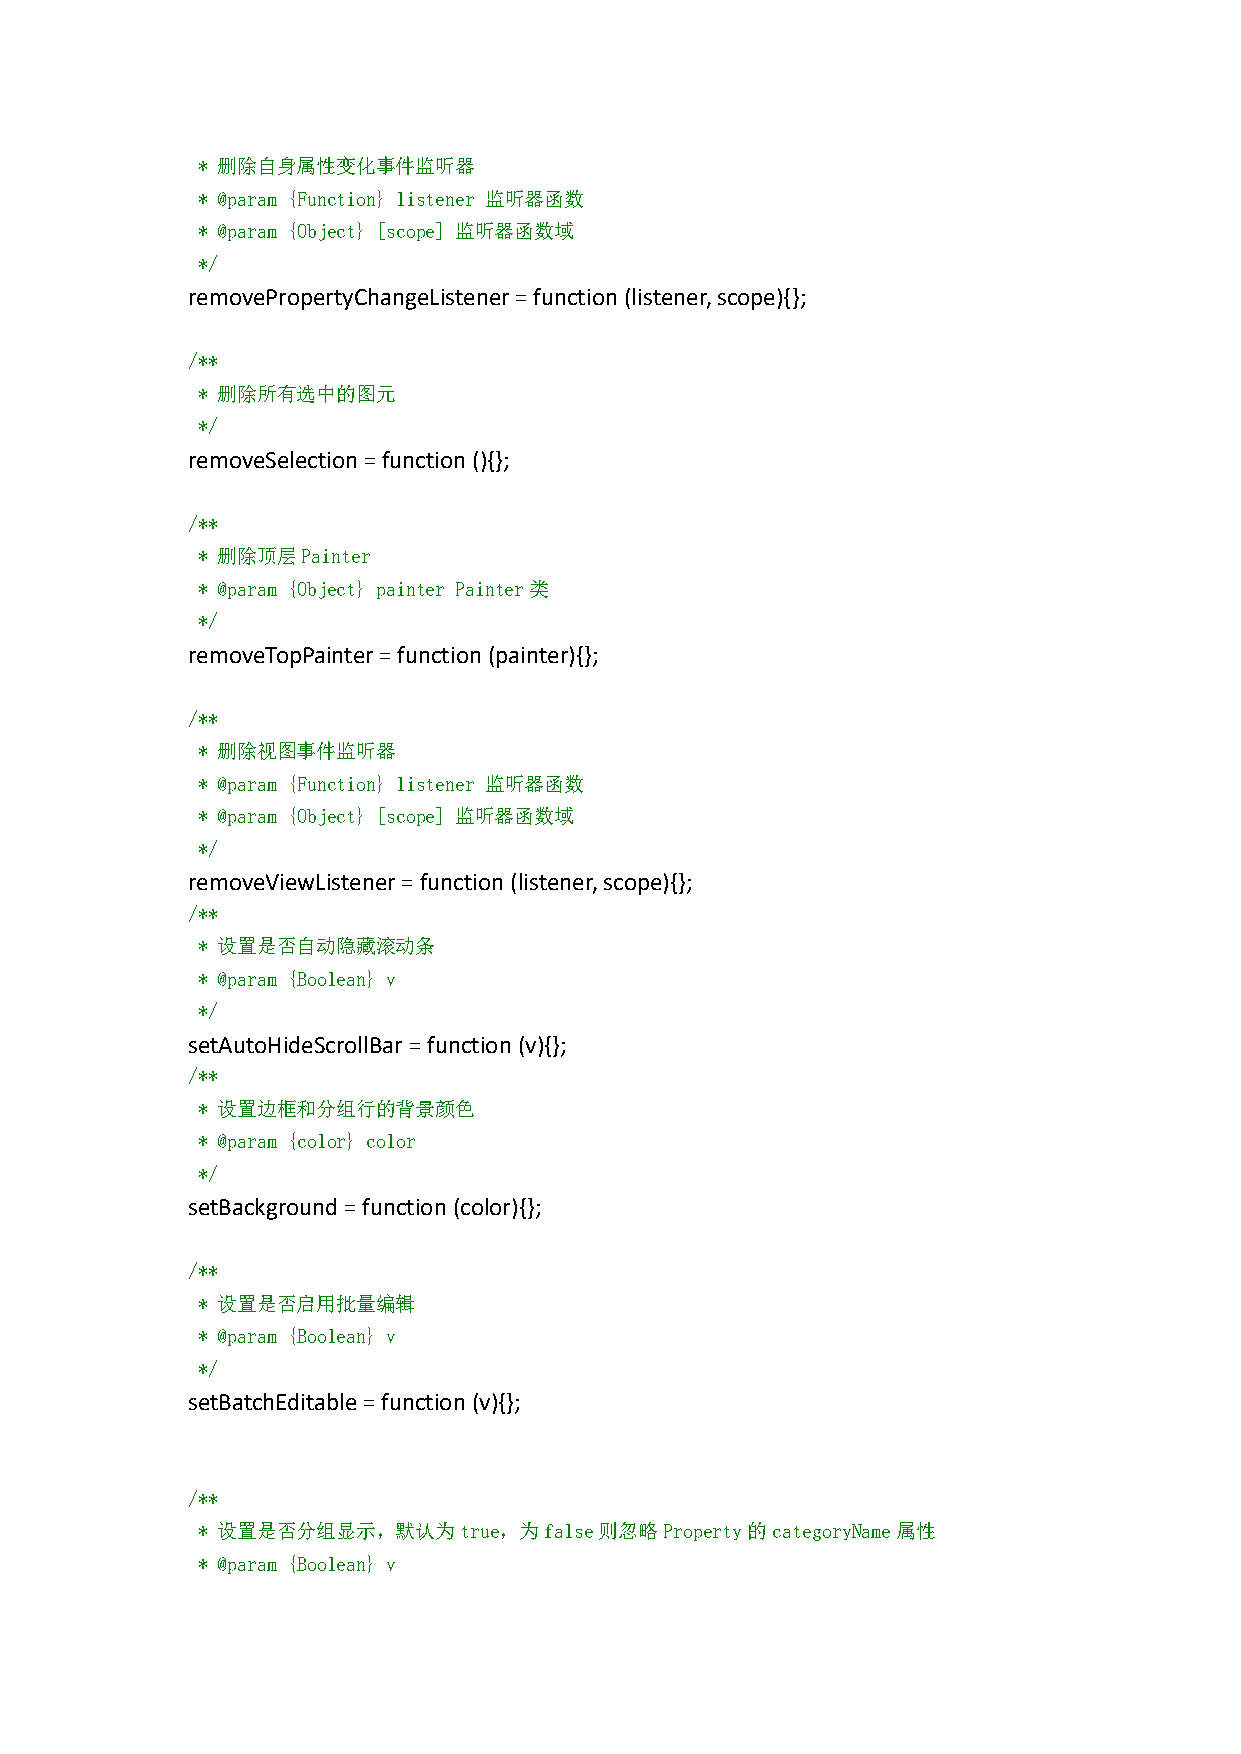
* 删除自身属性变化事件监听器
 * @param {Function} listener 监听器函数
 * @param {Object} [scope] 监听器函数域
 */
 removePropertyChangeListener=function(listener,scope){};
 /**
 * 删除所有选中的图元
 */
 removeSelection=function(){};
 /**
 * 删除顶层Painter
 * @param {Object} painter Painter类
 */
 removeTopPainter=function(painter){};
 /**
 * 删除视图事件监听器
 * @param {Function} listener 监听器函数
 * @param {Object} [scope] 监听器函数域
 */
 removeViewListener=function(listener,scope){};
 /**
 * 设置是否自动隐藏滚动条
 * @param {Boolean} v
 */
 setAutoHideScrollBar=function(v){};
 /**
 * 设置边框和分组行的背景颜色
 * @param {color} color
 */
 setBackground=function(color){};
 /**
 * 设置是否启用批量编辑
 * @param {Boolean} v
 */
 setBatchEditable=function(v){};
 /**
 * 设置是否分组显示，默认为true，为false则忽略Property的categoryName属性
 * @param {Boolean} v